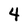
Character: 4